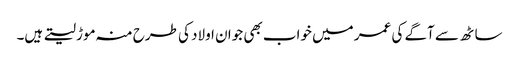
ساٹھ سے آگے کی عمر میں خواب بھی جوان اولاد کی طرح منہ موڑ لیتے ہیں۔